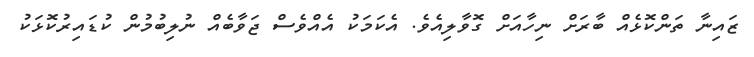
ޒައިނާ ތަންކޮޅެއް ބާރަށް ނިހާއަށް ގޮވާލިއެވެ. އެކަމަކު އެއްވެސް ޖަވާބެއް ނުލިބުމުން ކުޑައިރުކޮޅަކު